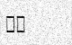
٧٧